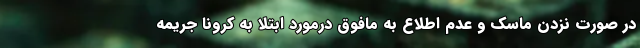
در صورت نزدن ماسک و عدم اطلاع به مافوق درمورد ابتلا به کرونا جریمه‌